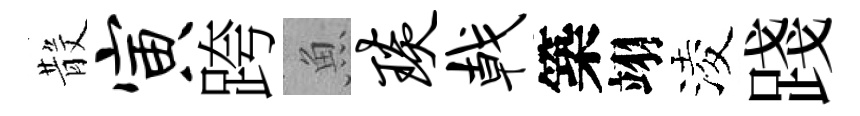
𣪚寅跨魚琰戟築翊淩踐